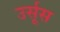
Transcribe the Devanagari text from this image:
उर्सूस